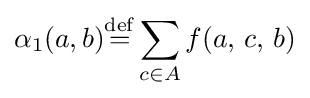
\alpha _{1}(a,b){\stackrel {\mathrm {def} }{=}}\displaystyle \sum \limits _{c\in A}f(a,\,c,\,b)